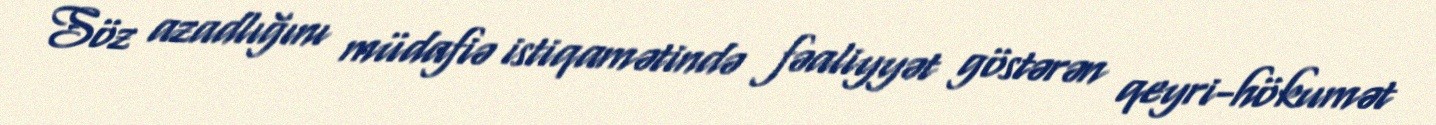
Söz azadlığını müdafiə istiqamətində fəaliyyət göstərən qeyri-hökumət